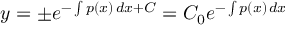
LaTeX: y = \pm e ^ { - \int p ( x ) \, d x + C } = C _ { 0 } e ^ { - \int p ( x ) \, d x }